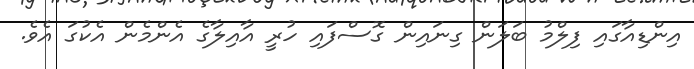
އިންޑިއާގައި ފިލްމު ބަލަން ގިނައިން ގޮސްފައި ހުރީ އާއިލާގެ އެންމެން އެކުގަ އެވެ.